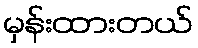
မှန်းထားတယ်